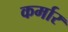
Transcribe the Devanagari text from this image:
कर्मार